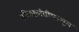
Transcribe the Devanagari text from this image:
हरितक्रांतीपासून